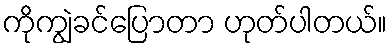
ကိုကျွဲခင်ပြောတာ ဟုတ်ပါတယ်။